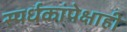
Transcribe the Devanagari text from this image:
स्पर्धकांपेक्षाही